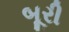
બૂરી